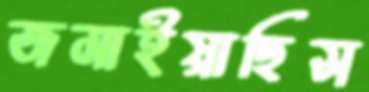
জমাইয়াছিস